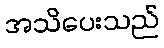
အသိပေးသည်